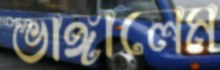
ভাঙ্গালেম